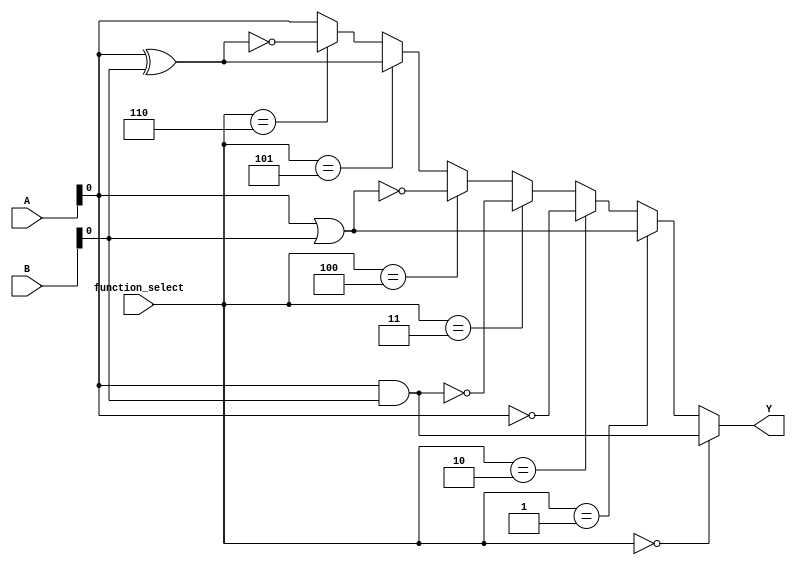
module CombinationalLogicBlock #(parameter N = 4, parameter M = 1)(
    input wire [N-1:0] A,                 // Input vector
    input wire [N-1:0] B,                 // Second input vector (if needed)
    input wire [2:0] function_select,      // Function select: 3 bits for 8 functions
    output wire [M-1:0] Y                  // Output vector
);

// Define the logic functions
localparam AND_FUNC  = 3'b000;
localparam OR_FUNC   = 3'b001;
localparam NOT_FUNC  = 3'b010; // Not function only applies to A[0]
localparam NAND_FUNC = 3'b011;
localparam NOR_FUNC  = 3'b100;
localparam XOR_FUNC  = 3'b101;
localparam XNOR_FUNC = 3'b110;
localparam BUF_FUNC  = 3'b111; // Buffer function for generality

wire [N-1:0] and_out;
wire [N-1:0] or_out;
wire [N-1:0] not_out;
wire [N-1:0] nand_out;
wire [N-1:0] nor_out;
wire [N-1:0] xor_out;
wire [N-1:0] xnor_out;
wire [N-1:0] buf_out;

// Logic gate implementations
assign and_out = A & B;
assign or_out = A | B;
assign not_out = ~A; // NOT operation on all bits
assign nand_out = ~(A & B);
assign nor_out = ~(A | B);
assign xor_out = A ^ B;
assign xnor_out = ~(A ^ B);
assign buf_out = A; // Buffer output equivalent to input

// Choose output based on function select
generate
    if (M == 1) begin
        assign Y = (function_select == AND_FUNC)  ? and_out[0] :
                   (function_select == OR_FUNC)   ? or_out[0] :
                   (function_select == NOT_FUNC)  ? not_out[0] :
                   (function_select == NAND_FUNC) ? nand_out[0] :
                   (function_select == NOR_FUNC)  ? nor_out[0] :
                   (function_select == XOR_FUNC)  ? xor_out[0] :
                   (function_select == XNOR_FUNC) ? xnor_out[0] :
                                                     buf_out[0]; // BUF_FUNC
    end else if (M > 1) begin
        // If M > 1, you can extend logic or modify to suit your needs
        // Here we simply assign the output of the AND function for more than 1 bit.
        assign Y = and_out[M-1:0]; // Example output for M > 1, change as needed
    end
endgenerate

endmodule